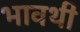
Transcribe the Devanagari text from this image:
भावथी